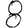
Digit: 8